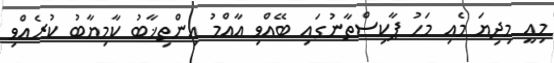
މިއީ މިދިޔަ މެއި މަހު ޕާކިސްތާނުގައި ބޭއްވި އާއްމު އިންތިޚާބު ކާމިޔާބު ކުރެއްވި